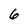
Character: 6